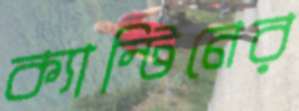
ক্যান্টিনের